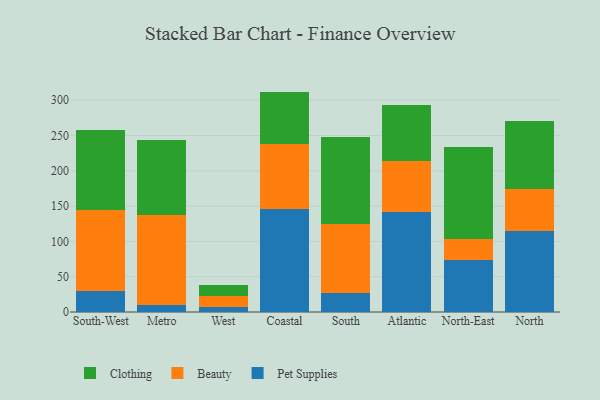
{"axis": {"x": "Region", "y": "Demand Index"}, "legend": ["Beauty", "Clothing", "Pet Supplies"], "data": [{"x": "South-West", "y": 30.0, "type": "Pet Supplies"}, {"x": "South-West", "y": 113.9, "type": "Beauty"}, {"x": "South-West", "y": 114.2, "type": "Clothing"}, {"x": "Metro", "y": 9.3, "type": "Pet Supplies"}, {"x": "Metro", "y": 127.5, "type": "Beauty"}, {"x": "Metro", "y": 106.8, "type": "Clothing"}, {"x": "West", "y": 7.6, "type": "Pet Supplies"}, {"x": "West", "y": 15.0, "type": "Beauty"}, {"x": "West", "y": 16.2, "type": "Clothing"}, {"x": "Coastal", "y": 146.6, "type": "Pet Supplies"}, {"x": "Coastal", "y": 91.9, "type": "Beauty"}, {"x": "Coastal", "y": 73.7, "type": "Clothing"}, {"x": "South", "y": 27.6, "type": "Pet Supplies"}, {"x": "South", "y": 97.2, "type": "Beauty"}, {"x": "South", "y": 122.8, "type": "Clothing"}, {"x": "Atlantic", "y": 141.9, "type": "Pet Supplies"}, {"x": "Atlantic", "y": 72.2, "type": "Beauty"}, {"x": "Atlantic", "y": 79.2, "type": "Clothing"}, {"x": "North-East", "y": 74.1, "type": "Pet Supplies"}, {"x": "North-East", "y": 28.9, "type": "Beauty"}, {"x": "North-East", "y": 130.9, "type": "Clothing"}, {"x": "North", "y": 115.4, "type": "Pet Supplies"}, {"x": "North", "y": 59.5, "type": "Beauty"}, {"x": "North", "y": 95.1, "type": "Clothing"}]}